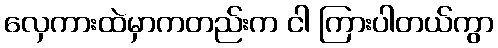
လှေကားထဲမှာကတည်းက ငါ ကြားပါတယ်ကွာ